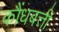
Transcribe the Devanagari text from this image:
कौंधबत्ती